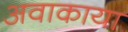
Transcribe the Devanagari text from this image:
अवाकाया